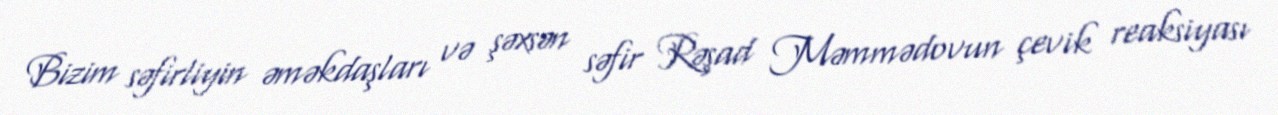
Bizim səfirliyin əməkdaşları və şəxsən səfir Rəşad Məmmədovun çevik reaksiyası